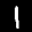
Label: 1